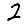
Digit: 2